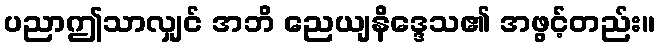
ပညာဤသာလျှင် အဘိ ညေယျနိဒ္ဒေသ၏ အဖွင့်တည်း။